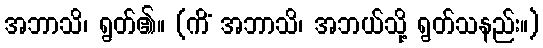
အဘာသိ၊ ရွတ်၏။ (ကိံ အဘာသိ၊ အဘယ်သို့ ရွတ်သနည်း။)